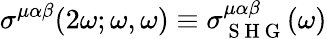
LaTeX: \sigma^{\mu\alpha\beta}(2\omega;\omega,\omega)\equiv\sigma_{\mathrm{~S~H~G~}}^{\mu\alpha\beta}(\omega)